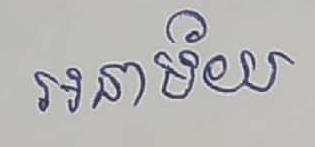
អនាម័យ